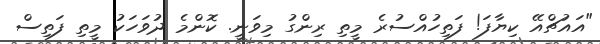
"އައުޗްއޭ ކިޔާފަ! ފަތިހުއްސުރެ މީތި ރިންގު މިވަނީ. ކޮންމެ ދުވަހަކު މީތި ފަތިސް